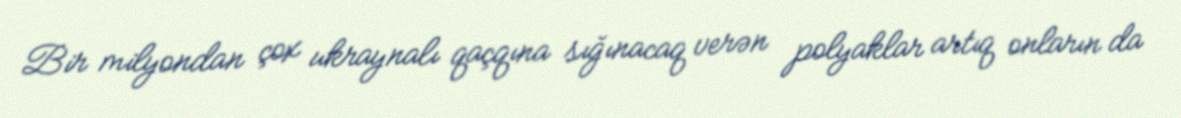
Bir milyondan çox ukraynalı qaçqına sığınacaq verən polyaklar artıq onların da